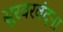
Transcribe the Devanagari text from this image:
सूरवरवंदना